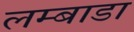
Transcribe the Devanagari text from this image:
लम्बाडा